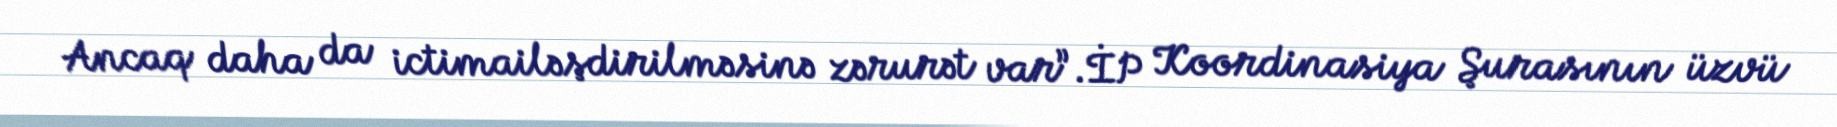
Ancaq daha da ictimailəşdirilməsinə zərurət var”.İP Koordinasiya Şurasının üzvü